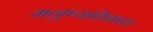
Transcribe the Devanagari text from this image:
मनुष्यविकास